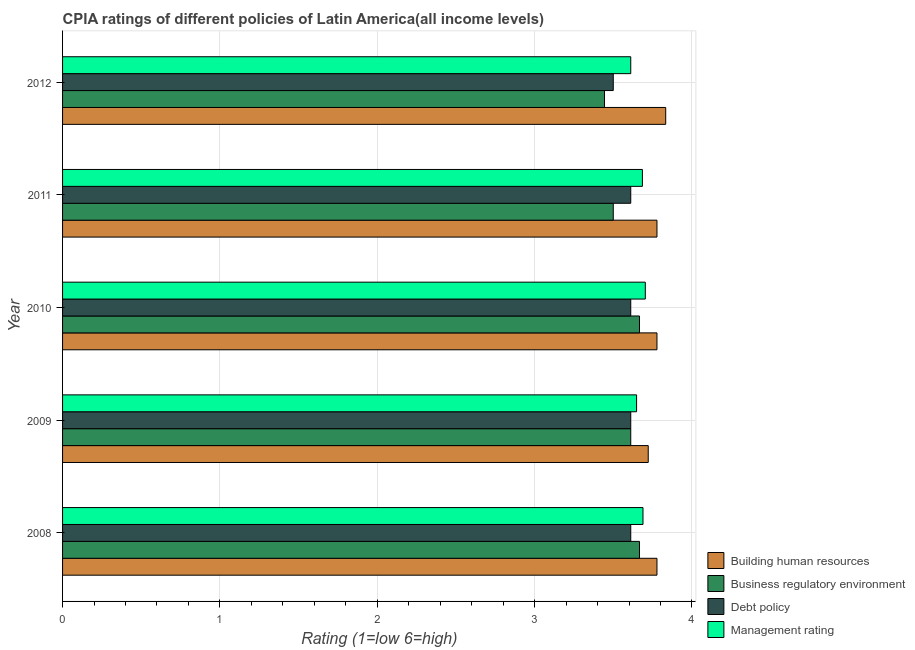
| Year | Building human resources | Business regulatory environment | Debt policy | Management rating |
 | --- | --- | --- | --- | --- |
 | 2008 | 3.78 | 3.67 | 3.61 | 3.69 |
 | 2009 | 3.72 | 3.61 | 3.61 | 3.65 |
 | 2010 | 3.78 | 3.67 | 3.61 | 3.7 |
 | 2011 | 3.78 | 3.5 | 3.61 | 3.69 |
 | 2012 | 3.83 | 3.44 | 3.5 | 3.61 |